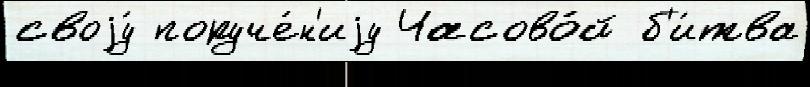
своjу́ поруче́н'иjу Часово́й б'и́тва